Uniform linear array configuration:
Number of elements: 32
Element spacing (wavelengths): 1
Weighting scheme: blackman
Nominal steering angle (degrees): -15
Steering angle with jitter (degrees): -16.054
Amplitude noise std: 0.05
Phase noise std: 0.05

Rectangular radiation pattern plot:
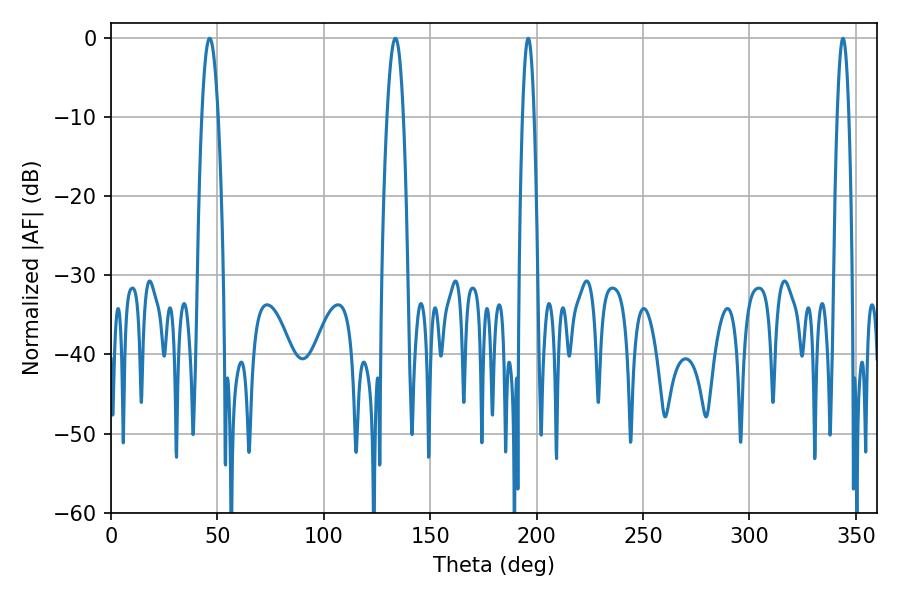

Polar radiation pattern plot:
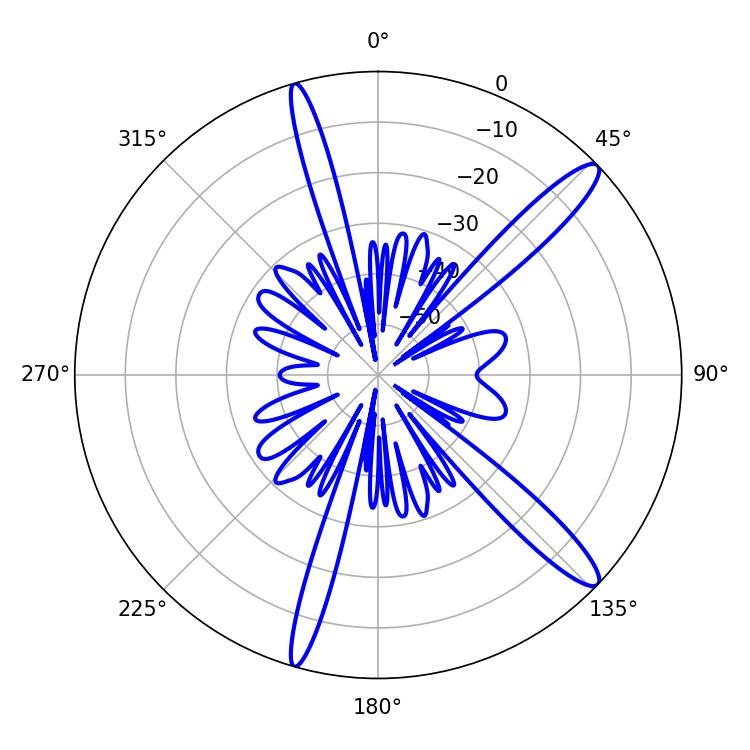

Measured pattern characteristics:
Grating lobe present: TRUE
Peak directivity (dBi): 13.765
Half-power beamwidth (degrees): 2.88
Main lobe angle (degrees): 196.02